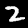
Label: 2